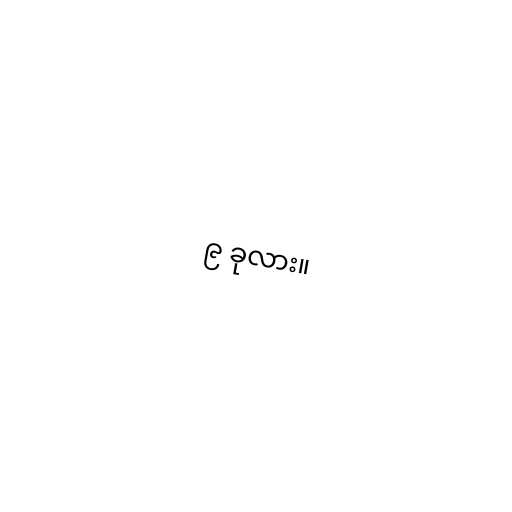
၉ ခုလား။